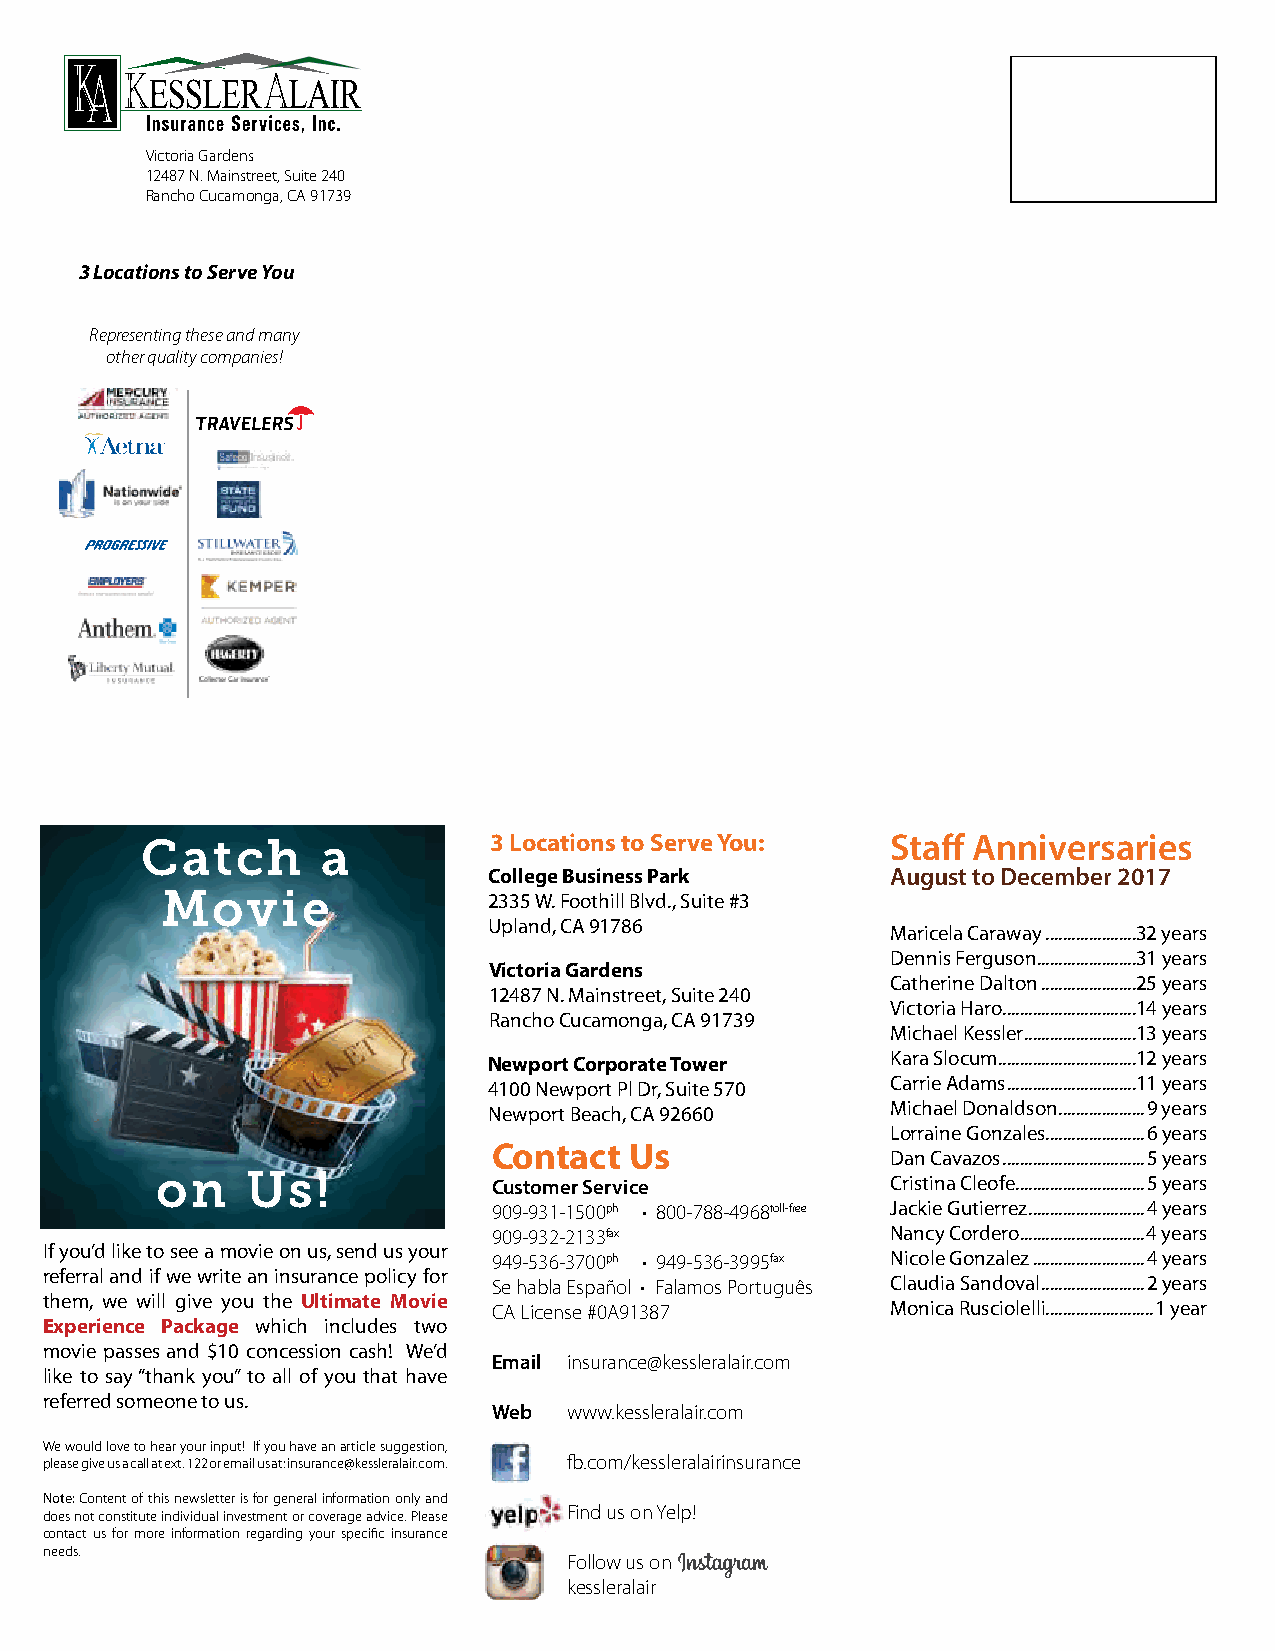
Victoria Gardens
 12487 N. Mainstreet, Suite 240
 Rancho Cucamonga, CA 91739
 3 Locations to Serve You
 Representing these and many
 other quality companies!
 Catch       a          3 Locations to Serve You:  Staff Anniversaries
 College Business Park      August to December 2017
 Movie                2335 W. Foothill Blvd., Suite #3
 Upland, CA 91786
 Maricela Caraway .....................32 years
 Dennis Ferguson .......................31 years
 Victoria Gardens
 Catherine Dalton ......................25 years
 12487 N. Mainstreet, Suite 240
 Victoria Haro ...............................14 years
 Rancho Cucamonga, CA 91739
 Michael Kessler ..........................13 years
 Kara Slocum ................................12 years
 Newport Corporate Tower
 Carrie Adams ..............................11 years
 4100 Newport Pl Dr, Suite 570
 Michael Donaldson ....................9 years
 Newport Beach, CA 92660
 Lorraine Gonzales .......................6 years
 Contact  Us
 Dan Cavazos .................................5 years
 on    Us!              Customer Service          Cristina Cleofe ..............................5 years
 909-931-1500ph • 800-788-4968toll-free Jackie Gutierrez ...........................4 years
 909-932-2133fax           Nancy Cordero.............................4 years
 If you’d like to see a movie on us, send us your
 949-536-3700ph • 949-536-3995fax Nicole Gonzalez ..........................4 years
 referral and if we write an insurance policy for
 Se habla Español • Falamos Português Claudia Sandoval ........................2 years
 them, we will give you the Ultimate Movie
 CA License #0A91387       Monica Rusciolelli .........................1 year
 Experience Package which includes two
 movie passes and $10 concession cash! We’d
 Email insurance@kessleralair.com
 like to say “thank you” to all of you that have
 referred someone to us.
 Web  www.kessleralair.com
 We would love to hear your input! If you have an article suggestion,
 please give us a call at ext. 122 or email us at: insurance@kessleralair.com. fb.com/kessleralairinsurance
 Note: Content of this newsletter is for general information only and
 does not constitute individual investment or coverage advice. Please Find us on Yelp!
 contact us for more information regarding your specific insurance
 needs.
 Follow us on
 kessleralair